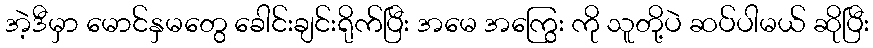
အဲ့ဒီမှာ မောင်နှမတွေ ခေါင်းချင်းရိုက်ပြီး အမေ အကြွေး ကို သူတို့ပဲ ဆပ်ပါမယ် ဆိုပြီး